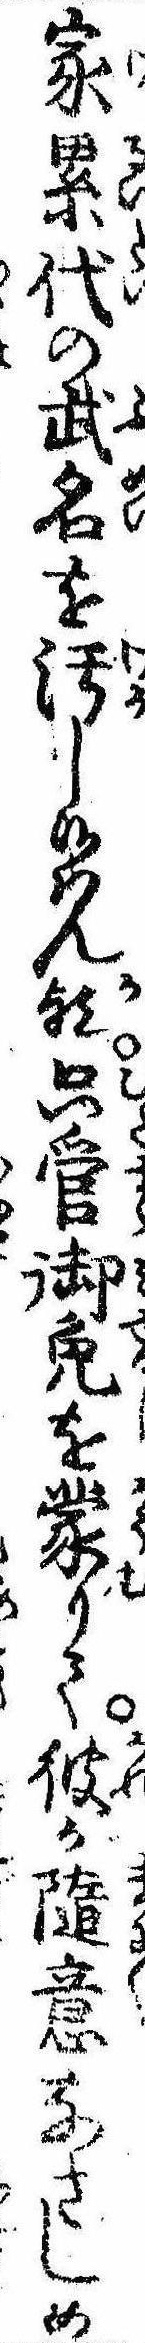
家累代の武名を汚し候はん歟只管御免を蒙りて彼が随意なさしめ